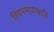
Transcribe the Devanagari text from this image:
विचारण्यासाठि